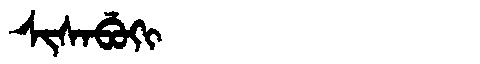
Manchu: ᠰᡳᠰᠠᠪᡠᡴᡳ
Romanization: SISABUKI